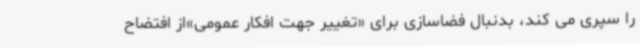
را سپری می کند، بدنبال فضاسازی برای «تغییر جهت افکار عمومی»از افتضاح